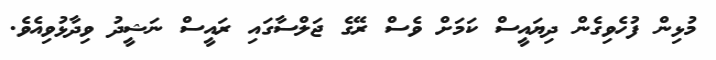
މުޅިން ފުހެވިގެން ދިޔައީސް ކަމަށް ވެސް ރޭގެ ޖަލްސާގައި ރައީސް ނަޝީދު ވިދާޅުވިއެވެ.